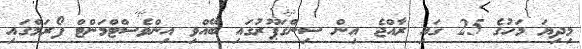
މިދިޔަ މަހުގެ 25 ގައި ރާއްޖެ އިން ސިންގަޕޫރުގައި ބޭއްވި އިންވެސްޓްމަންޓް ފޯރަމްގައި